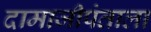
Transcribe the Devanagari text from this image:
दामाजीपंताला